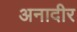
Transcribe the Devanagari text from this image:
अनादीर